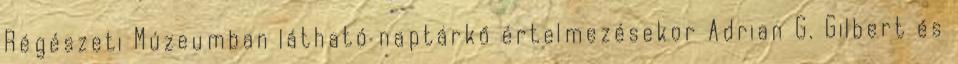
Régészeti Múzeumban látható naptárkő értelmezésekor Adrian G. Gilbert és